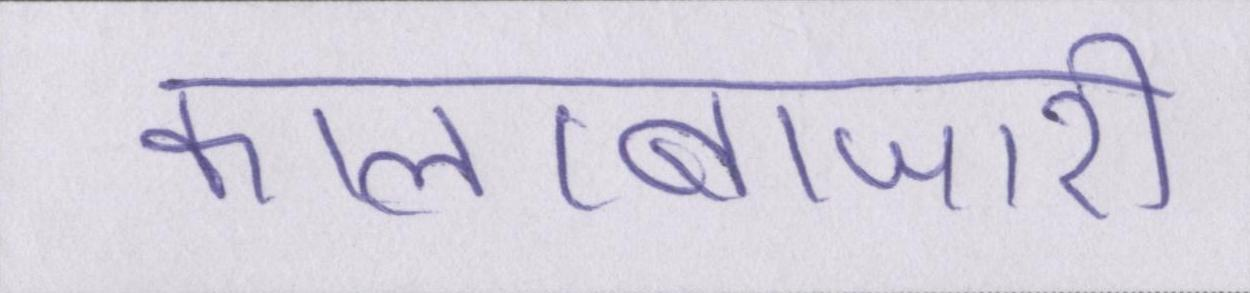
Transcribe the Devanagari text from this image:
कालाबाजारी